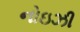
નોઇઝી